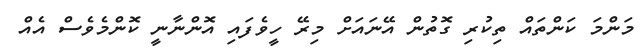
މަންމަ ކަންތައް ތިކުރި ގޮތުން އޭނައަށް މިރޭ ހީވެފައި އޮންނާނީ ކޮންމެވެސް އެއް